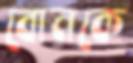
বোনকে